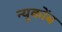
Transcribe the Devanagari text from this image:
न्यूकोंब